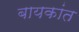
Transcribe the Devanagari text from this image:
बायकांत